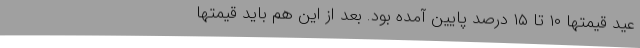
عید قیمتها ۱۰ تا ۱۵ درصد پایین آمده بود. بعد از این هم باید قیمتها